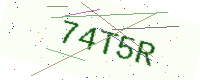
Text: 74T5R